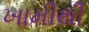
ખામીથી